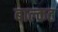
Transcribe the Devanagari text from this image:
बाल्कट